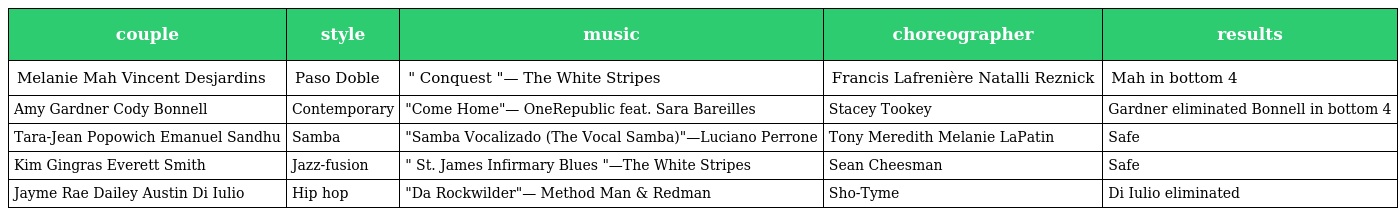
| couple | style | music | choreographer | results |
 | --- | --- | --- | --- | --- |
 | Melanie Mah Vincent Desjardins | Paso Doble | " Conquest "— The White Stripes | Francis Lafrenière Natalli Reznick | Mah in bottom 4 |
 | Amy Gardner Cody Bonnell | Contemporary | "Come Home"— OneRepublic feat. Sara Bareilles | Stacey Tookey | Gardner eliminated Bonnell in bottom 4 |
 | Tara-Jean Popowich Emanuel Sandhu | Samba | "Samba Vocalizado (The Vocal Samba)"—Luciano Perrone | Tony Meredith Melanie LaPatin | Safe |
 | Kim Gingras Everett Smith | Jazz-fusion | " St. James Infirmary Blues "—The White Stripes | Sean Cheesman | Safe |
 | Jayme Rae Dailey Austin Di Iulio | Hip hop | "Da Rockwilder"— Method Man & Redman | Sho-Tyme | Di Iulio eliminated |